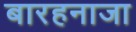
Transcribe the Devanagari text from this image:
बारहनाजा